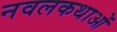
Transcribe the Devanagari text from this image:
नवलकथाओं